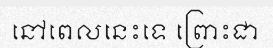
នៅពេលនេះទេ ព្រោះជា